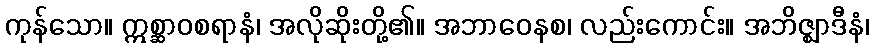
ကုန်သော။ ဣစ္ဆာဝစရာနံ၊ အလိုဆိုးတို့၏။ အဘာဝေနစ၊ လည်းကောင်း။ အဘိဇ္ဈာဒီနံ၊